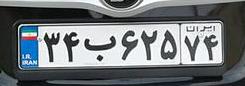
۳۴ب۶۲۵۷۴